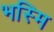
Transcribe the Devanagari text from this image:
भस्मि